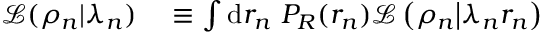
\begin{array} { r l } { \mathcal { L } ( \rho _ { n } | \lambda _ { n } ) } & { { } \equiv \int \mathrm { d } r _ { n } ~ P _ { R } ( r _ { n } ) { \mathcal L } \left( \rho _ { n } \big | \lambda _ { n } r _ { n } \right) } \end{array}